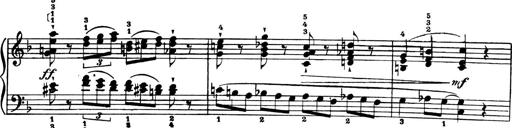
Title: 4 Sonatines
Composer: Max Reger